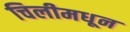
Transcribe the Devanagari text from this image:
चिलीमधून